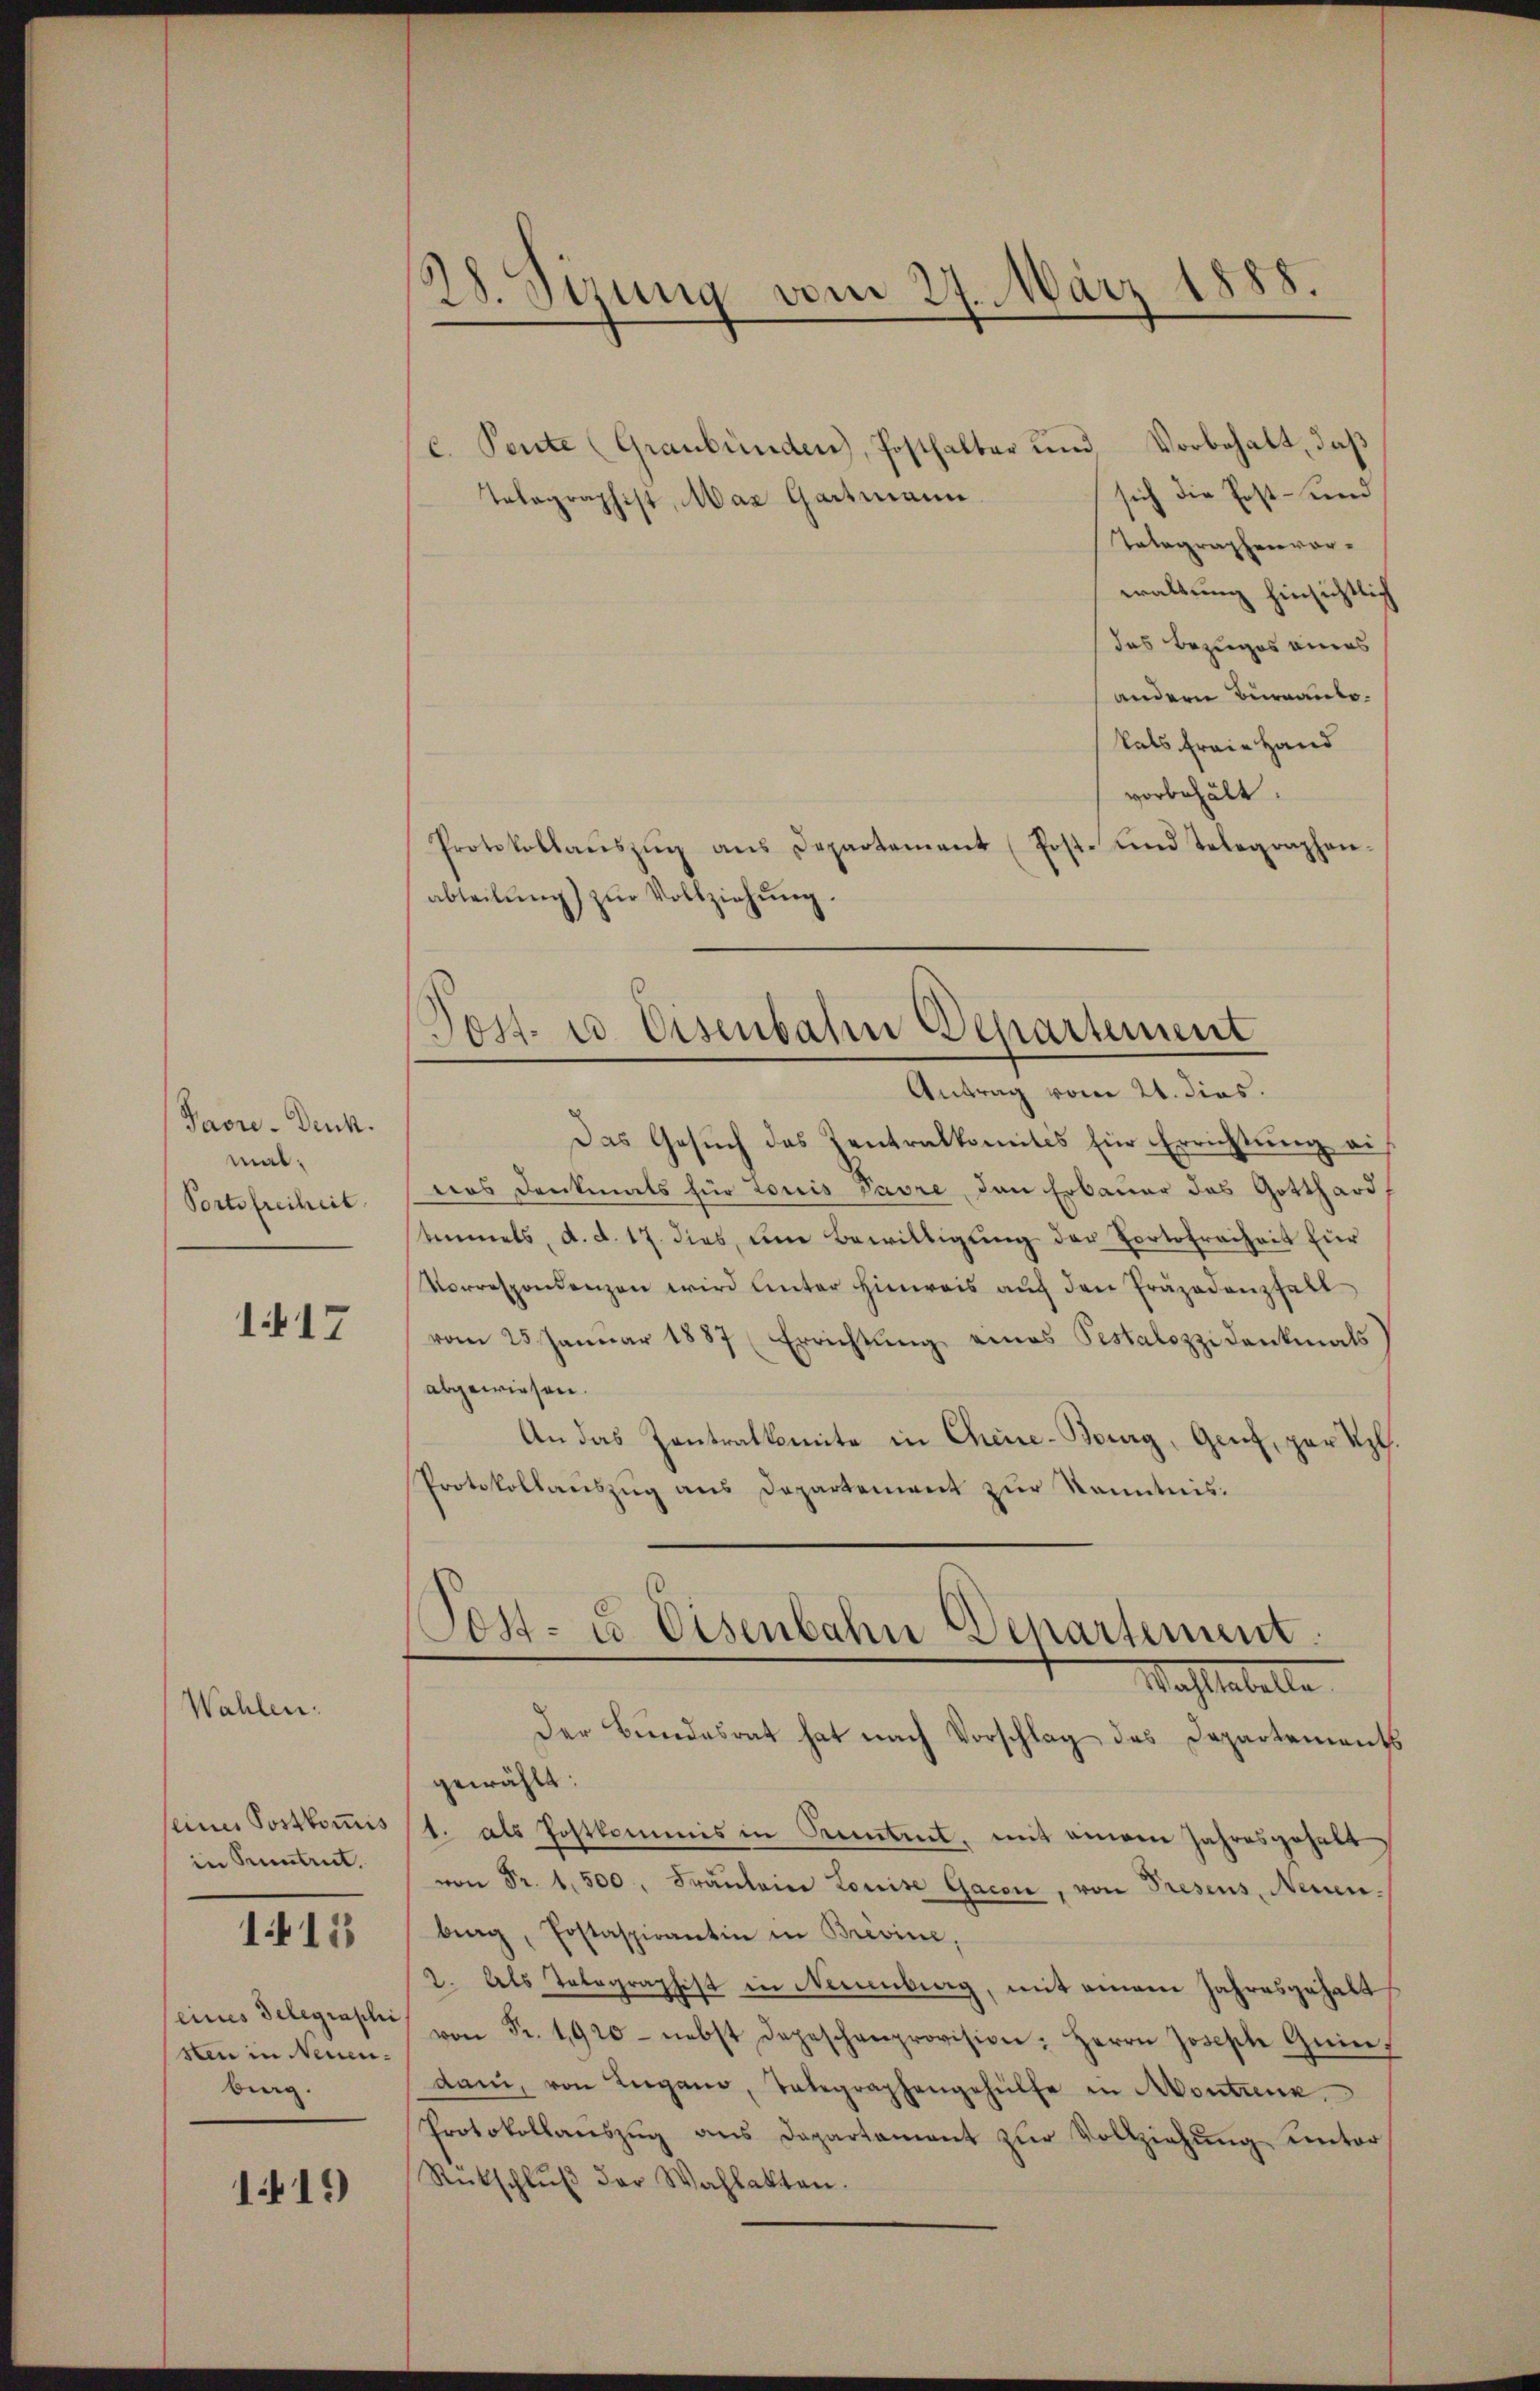
Jaore-Denk.
mal.
Portsfreiheit

Wahlen.

1417

seiner Postkommis
in Suntrut.

1413

(eines Delegraphi
sten in Neuenburg.

1419)

28. Sizung vom 27. März 1888.

c. Pente (Graubünden, Posthalter und Vorbehalt, daß
sich die Post- und
Telegraphist, Mar Gartmann
Telegraphenvorwaltung hinsichtlich
das Bezuges eines
andern Beanto
kals freie Hand
vorbehält.
Protokollaŭszŭg ans Departement (Post- und Telegraphen.
abteilŭng zŭr Vollziehŭng.

Post- u Eisenbahn Departement
Antrag vom 21. dies.

Das Gesuch das Zentralkomitis für Errichtung ei
was Denkmals für Louis pavre den Erbauer das Gotthard
stimmels, d. d. 17. dies, um Bewilligung der Portofreiheit für
Vorrespondenzen wird unter hinweis aŭf den Präpodenzhall
vom 25. Januar 1887 (Errichtŭng eines Pestalozzi denkmals
abgewiesen.
An das Zentralkomite in Chine-Bourg, Genf, par Upl.
Protokollauszug aus Departement zur Kenntnis.

Post- u Eisenbahn Departement.
Wachstabelle

Der Bundesrat hat nach Vorschlag des Departements
gewählt:
1. als Postkommis in Kemtzet, mit einem Jahresgehalt
von Fr. 1,500. Fräŭlein Louise Gacon, von Presens, Neuen.
brag, Postaspirantin in Brevine,
2. Als Telegraphist in Neuenburg, mit einem Jahresgehalt
von Fr. 1920- nebst depeschenprovision: Herrn Joseph Grin-
dam, von Lugano, Telegraphengehülfe in Montine
Protokollanszug aus Departament zur Vollziehung unter
Rückschlŭβ der Wahlakten.